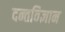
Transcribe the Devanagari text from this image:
दन्तविज्ञान